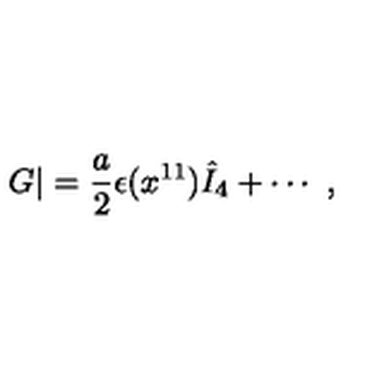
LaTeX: G | = { \frac { a } { 2 } } \epsilon ( x ^ { 1 1 } ) { \hat { I } } _ { 4 } + \cdots \ ,